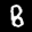
Label: 8